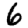
Digit: 6